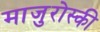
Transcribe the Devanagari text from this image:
माजुरोस्की